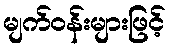
မျက်ဝန်းများဖြင့်